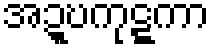
အဍ္ဎကုဋ္ဋကာ